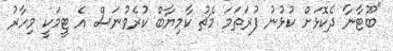
"ބޫޓާނާ ދެކޮޅަށް ކުޅުނު ފުރަތަމަ މެޗު ކާމިޔާބް ކުރެވުނަސް އެ ޓީމަކީ މިހާރު